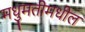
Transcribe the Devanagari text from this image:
मधुमतीमधील